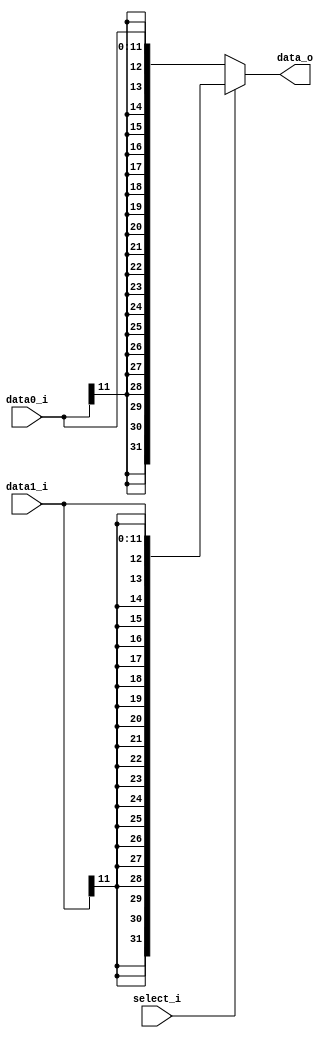
module Sign_Extend(
    select_i,
    data0_i,
    data1_i,
    data_o     
);
input [11:0] data0_i,data1_i;
input select_i;
output[31:0] data_o;

assign data_o = (select_i)? {{20{data1_i[11]}},data1_i} : {{20{data0_i[11]}},data0_i} ; 

endmodule